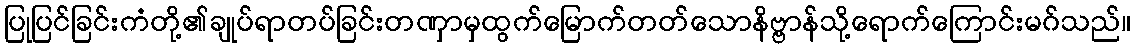
ပြုပြင်ခြင်းကံတို့၏ချုပ်ရာတပ်ခြင်းတဏှာမှထွက်မြောက်တတ်သောနိဗ္ဗာန်သို့ရောက်ကြောင်းမဂ်သည်။